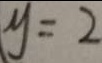
y = 2